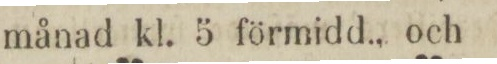
månad kl. 5 förmidd., och